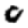
Digit: 0